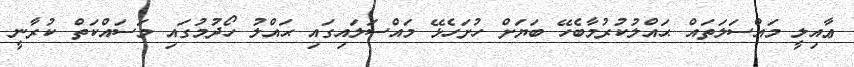
ޢާއިލީ މައްސަލަތައް ޙައްލުކުރުމާބެހޭ ބަޔަށް ހުށަހެޅޭ މައްސަލައިގައި ޙައްލު ހޯދުމުގައި މަސައްކަތް ކުރާނީ